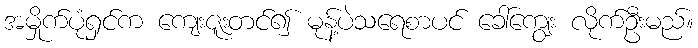
အမှိုက်ပုံရှင်က ကျေးဇူးတင်၍ မုန့်ပဲသရေစာပင် ခေါ်ကျွေး လိုက်ဦးမည်။